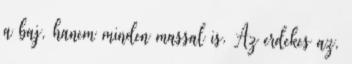
a baj, hanem minden massal is. Az erdekes az,